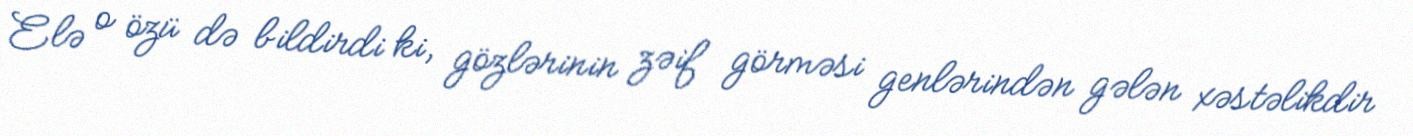
Elə o özü də bildirdi ki, gözlərinin zəif görməsi genlərindən gələn xəstəlikdir